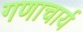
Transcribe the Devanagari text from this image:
गणाचार्य